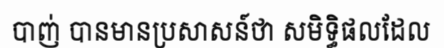
បាញ់ បានមានប្រសាសន៍ថា សមិទ្ធិផលដែល